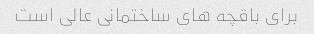
برای باقچه های ساختمانی عالی است